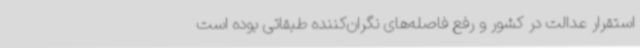
استقرار عدالت در کشور و رفع فاصله‌های نگران‌کننده طبقاتی بوده است